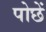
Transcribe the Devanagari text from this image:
पोछें